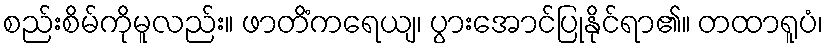
စည်းစိမ်ကိုမူလည်း။ ဖာတိံကရေယျ၊ ပွားအောင်ပြုနိုင်ရာ၏။ တထာရူပံ၊